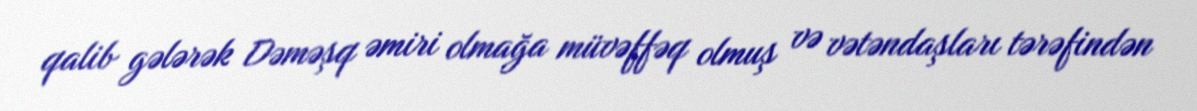
qalib gələrək Dəməşq əmiri olmağa müvəffəq olmuş və vətəndaşları tərəfindən